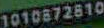
1010872810